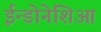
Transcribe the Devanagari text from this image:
ईन्डोनेशिआ